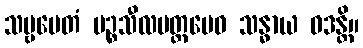
သဗ္ဗမေတံ ပဉ္စသီလမတ္တမေဝ သန္ဓာယ ဝဒန္တိ။